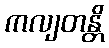
ကလျတန္တိ